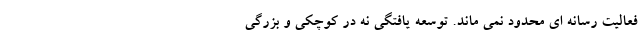
فعالیت رسانه ای محدود نمی ماند. توسعه یافتگی نه در کوچکی و بزرگی